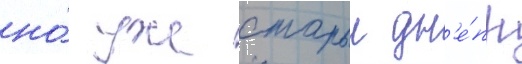
но́ уже старыи дн'е́пр